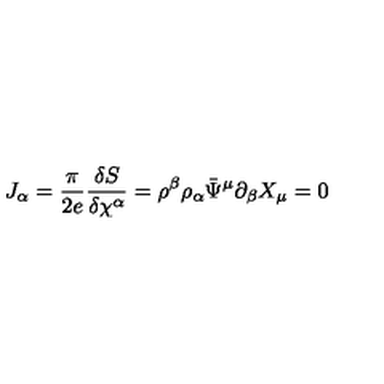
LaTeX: J _ { \alpha } = \frac { \pi } { 2 e } \frac { \delta S } { \delta \chi ^ { \alpha } } = \rho ^ { \beta } \rho _ { \alpha } \bar { \Psi } ^ { \mu } \partial _ { \beta } X _ { \mu } = 0